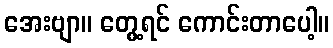
အေးဗျာ။ တွေ့ရင် ကောင်းတာပေါ့။